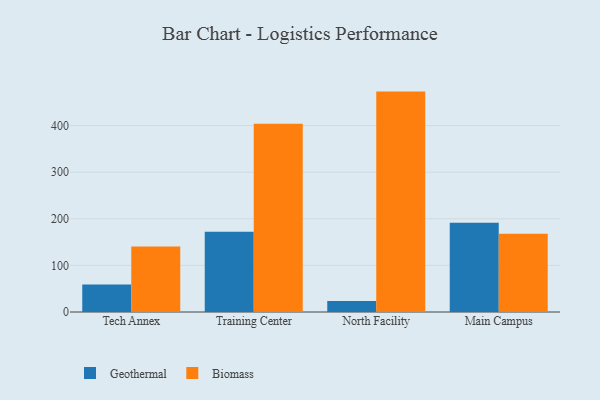
{"axis": {"x": "Campus", "y": "LTV (USD)"}, "legend": ["Biomass", "Geothermal"], "data": [{"x": "Tech Annex", "y": 59.2, "type": "Geothermal"}, {"x": "Tech Annex", "y": 140.5, "type": "Biomass"}, {"x": "Training Center", "y": 172.3, "type": "Geothermal"}, {"x": "Training Center", "y": 403.7, "type": "Biomass"}, {"x": "North Facility", "y": 23.6, "type": "Geothermal"}, {"x": "North Facility", "y": 472.9, "type": "Biomass"}, {"x": "Main Campus", "y": 191.4, "type": "Geothermal"}, {"x": "Main Campus", "y": 167.7, "type": "Biomass"}]}